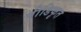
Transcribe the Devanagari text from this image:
पीडिकृत